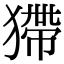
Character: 𤠹